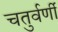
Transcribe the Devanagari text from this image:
चतुर्वर्णी